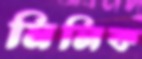
মিলিক